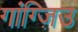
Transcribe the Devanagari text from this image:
गांग्ज़िउ